Vaccination report Assam 1896-1927 - 1896-1927
Year: 1896
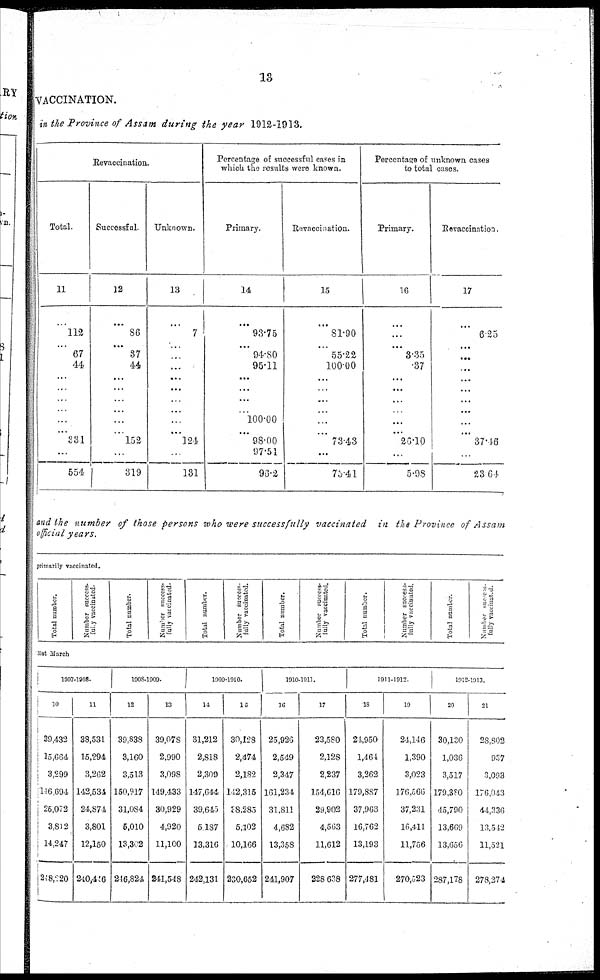
13
VACCINATION.
in the Province of Assam during the year 1912-1913.
Revaccination.
Total.
11
...
112
...
67
44
...
...
...
...
...
... 331
...
554
Successful.
12
...
86
...
37
44
...
...
...
...
...
... 152
...
319
Unknown.
13
...
7
...
...
...
...
...
...
...
...
... l24
...
131
Percentage of successful cases in
which the results were known.
Primary.
14
...
93.75
...
94.80
95.11
...
...
...
...
100.00
...
98.00
97.51
96.2
Revaccination.
15
...
81.90
...
55.22
100.00
...
...
...
...
...
... 73.43
...
75.41
Percentage of unknown cases
to total cases.
Primary.
16
...
...
...
3.35
.37
...
...
...
...
...
...
26.10
...
5.98
Revaccination.
17
...
6.25
...
...
...
...
...
...
...
...
... 37.16
...
23.64
and the number of those persons who were successfully vaccinated in the Province of Assam
official years.
primarily vaccinated.
Total number.
Number success¬
fully vaccinated.
Total number.
Number success¬
fully vaccinated.
Total number.
Number success-
fully vaccinated.
Total number.
Number success¬
fully vaccinated.
Total number.
Number success-
fully vaccinated.
Total number
Number success¬
fully vaccinated.
31st March
1907-1908.
10
39,432
15,664
3,299
146,694
25,072
3,812
14,247
248,220
11
38,531
15,294
3,262
142,534
24,874
3,801
12,150
240,446
1908-1009.
12
39,838
3,160
3,513
150,917
31,084
5,010
13,302
216,824
13
39,078
2,990
3,098
149,433
30,929
4,920
11,100
241,548
1909-1910.
14
31,212
2,818
2,309
147,644
39,645
5,187
13,316
242,131
15
30,128
2,474
2,182
142,315
38,285
5,102
10,166
230,652
1910-1911.
16
25,926
2,549
2,347
161,234
31,811
4,682
13,358
241,907
17
23,580
2,128
2,237
154,616
29,902
4,563
11,612
228,638
1911-1912.
18
24,950
1,464
3,262
179,887
37,963
16,762
13,193
277,481
19
24,146
1,390
3,023
176,566
37,231
16,411
11,756
270,323
1912-1913.
20
30,130
1,036
3,517
179,380
45,790
13,669
13,656
287,178
21
28,802
937
3,093
176,043
44,336
13,542
11,521
278,274